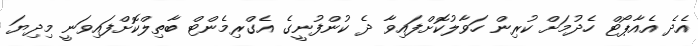
އެދެ އެއާޕޯޓް ހެދުމަށް ކުރިން ހަވާލުކޮށްފައިވާ ދެ ކުންފުނީގެ އެގްރިމެންޓް ބާތިލްކޮށްފައިވަނީ މިދިޔަ